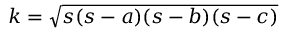
k = { \sqrt { s ( s - a ) ( s - b ) ( s - c ) } }